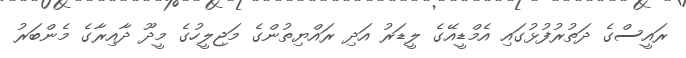
ރައީސްގެ ދަތުރުފުޅުގައި އެމްޑީއޭގެ ލީޑަރު އަދި ރައްޔިތުންގެ މަޖިލީހުގެ މީދޫ ދާއިރާގެ މެންބަރު